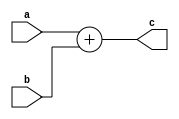
module dut(a,b,c);

	input a,b;
	output [1:0]c;
	
	function [1:0]sum(input a,b);
	
		 sum = a+b;
		 
	endfunction
	
	assign c = sum(a,b);
	
endmodule


/*
function [1:0]sum;
	
	input a,b;
	
		 sum = a+b;
		 
	endfunction
*/